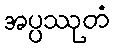
အပ္ပဿုတံ